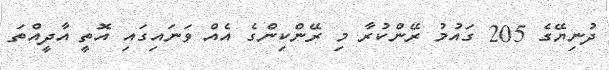
ދުނިޔޭގެ 205 ގައުމު ރޭންކުރާ މި ރޭންކިންގެ އެއް ވަނައިގައި އޮތީ އާދީއްތަ